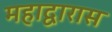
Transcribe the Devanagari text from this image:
महाद्वारास